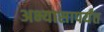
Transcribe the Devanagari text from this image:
अभ्यासापर्यंत